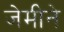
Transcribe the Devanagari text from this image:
जेमीने